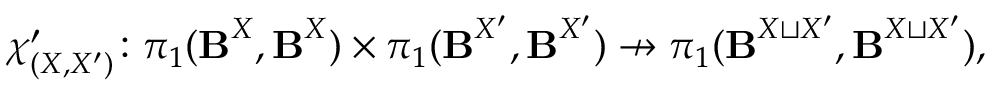
\boldsymbol { \chi } _ { ( X , X ^ { \prime } ) } ^ { \prime } \colon \pi _ { 1 } ( { \boldsymbol { \mathbf { B } } } ^ { X } , { \boldsymbol { \mathbf { B } } } ^ { X } ) \times \pi _ { 1 } ( { \boldsymbol { \mathbf { B } } } ^ { X ^ { \prime } } , { \boldsymbol { \mathbf { B } } } ^ { X ^ { \prime } } ) \nrightarrow \pi _ { 1 } ( { \boldsymbol { \mathbf { B } } } ^ { X \sqcup X ^ { \prime } } , { \boldsymbol { \mathbf { B } } } ^ { X \sqcup X ^ { \prime } } ) ,